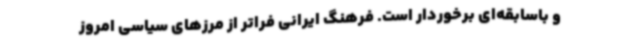
و باسابقه‌ای برخوردار است. فرهنگ ایرانی فراتر از مرزهای سیاسی امروز